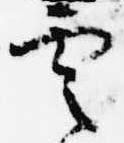
雲